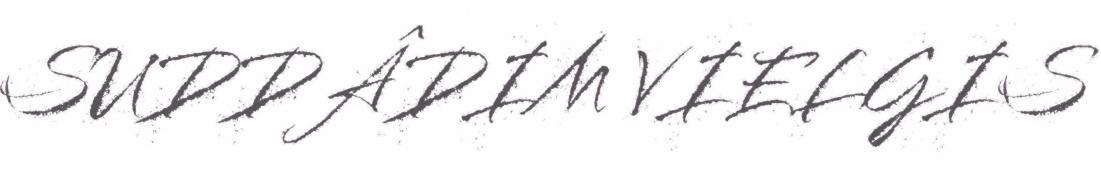
SUDDÂDIM VIELGIS